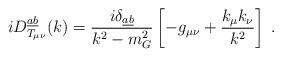
LaTeX: \begin{align*}i D_{T_{\mu \nu}}^{\underline{a} \underline{b}} (k) = \frac{i\delta_{\underline{a} \underline{b}}}{k^2 - m^2_G} \left[- g_{\mu \nu} +\frac{k_{\mu} k_{\nu}}{k^2}\right] \; .\end{align*}